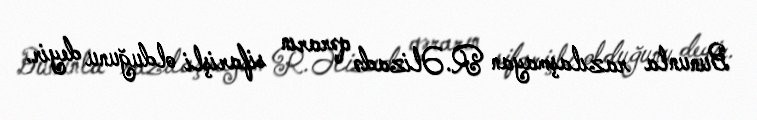
Bununla razılaşmayan R.Əlizadə qərarın sifarişli olduğunu deyir.